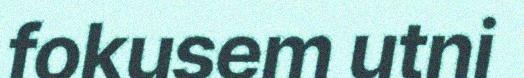
fokusem utni